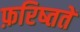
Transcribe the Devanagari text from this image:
फ़रिष्ततें